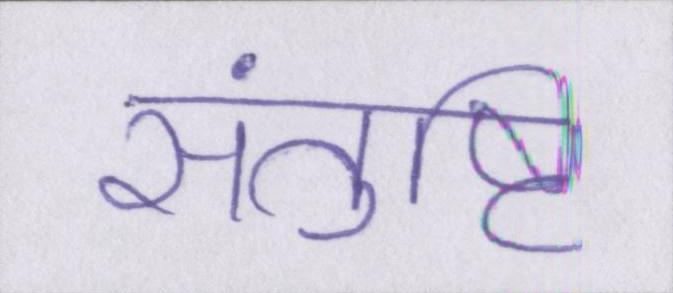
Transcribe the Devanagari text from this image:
संतुष्टि